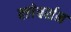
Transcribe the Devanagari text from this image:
क्लेबर्सन